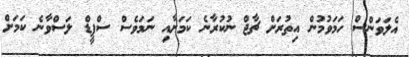
އެލަވަންސް ހަމަވުމުން އިތުރަށް ޗާޖް ނުކުރާނެ ކަމަށާއި ނަމަވެސް ސްޕީޑް ލަސްވާނެ ކަމަށް